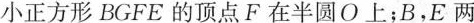
小正方形 BGFE 的顶点F在半圆O上；B，E两